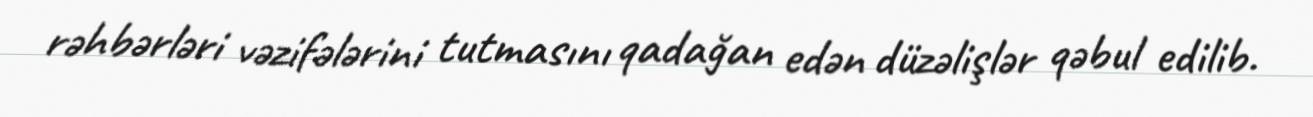
rəhbərləri vəzifələrini tutmasını qadağan edən düzəlişlər qəbul edilib.